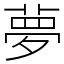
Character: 夢